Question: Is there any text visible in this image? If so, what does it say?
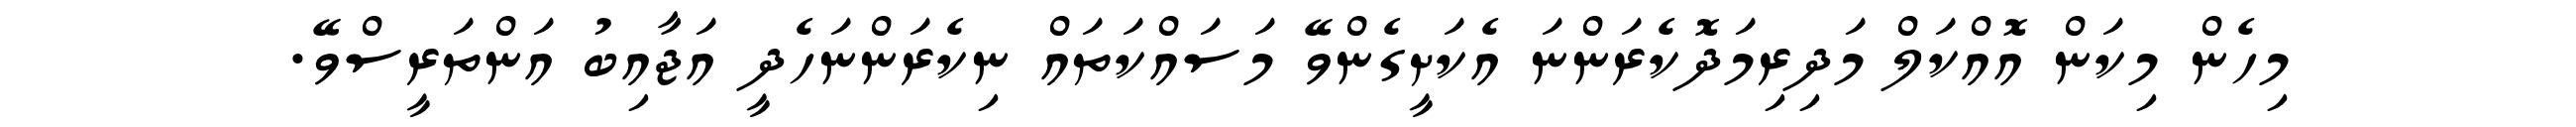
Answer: މިހެން މިކަން އޮއްކަލް މަދިރިމަދޮކެރަންނަ އެކަށީގެންވޭ މަސައްކަތައް ނިކެރަންނަހެދީ އަޖާއިބު އަންތަރީސްވޭ.